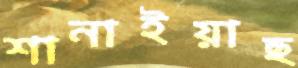
শানাইয়াছ